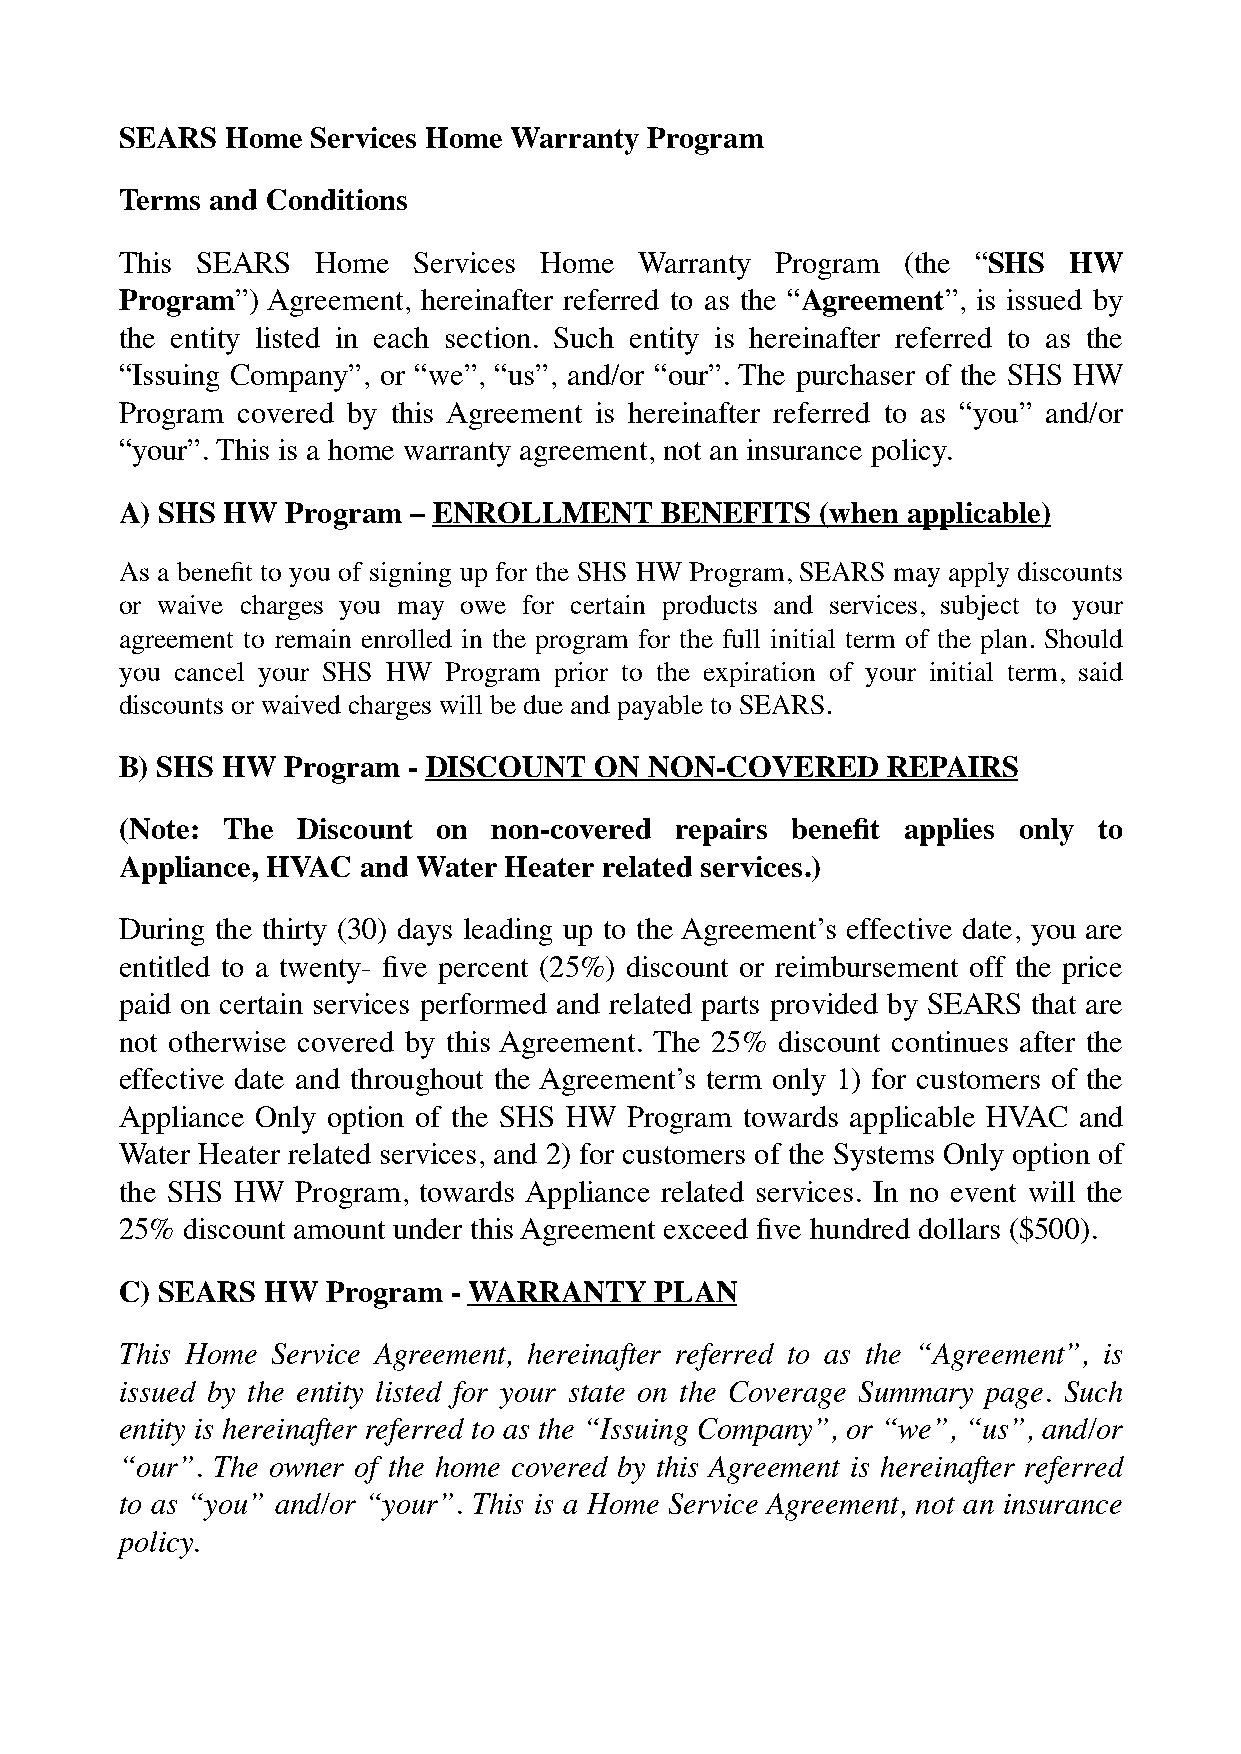
SEARS  Home  Services Home Warranty Program
 Terms and Conditions
 This SEARS   Home  Services Home  Warranty Program  (the “SHS  HW
 Program”) Agreement, hereinafter referred to as the “Agreement”, is issued by
 the entity listed in each section. Such entity is hereinafter referred to as the
 “Issuing Company”, or “we”, “us”, and/or “our”. The purchaser of the SHS HW
 Program covered by this Agreement is hereinafter referred to as “you” and/or
 “your”. This is a home warranty agreement, not an insurance policy.
 A) SHS HW  Program – ENROLLMENT     BENEFITS  (when applicable)
 As a benefit to you of signing up for the SHS HW Program, SEARS may apply discounts
 or waive charges you may owe for certain products and services, subject to your
 agreement to remain enrolled in the program for the full initial term of the plan. Should
 you cancel your SHS HW Program prior to the expiration of your initial term, said
 discounts or waived charges will be due and payable to SEARS.
 B) SHS HW  Program - DISCOUNT  ON  NON-COVERED     REPAIRS
 (Note: The  Discount on  non-covered repairs benefit applies only to
 Appliance, HVAC and Water Heater related services.)
 During the thirty (30) days leading up to the Agreement’s effective date, you are
 entitled to a twenty- five percent (25%) discount or reimbursement off the price
 paid on certain services performed and related parts provided by SEARS that are
 not otherwise covered by this Agreement. The 25% discount continues after the
 effective date and throughout the Agreement’s term only 1) for customers of the
 Appliance Only option of the SHS HW Program towards applicable HVAC and
 Water Heater related services, and 2) for customers of the Systems Only option of
 the SHS HW  Program, towards Appliance related services. In no event will the
 25% discount amount under this Agreement exceed five hundred dollars ($500).
 C) SEARS  HW  Program - WARRANTY   PLAN
 This Home Service Agreement, hereinafter referred to as the “Agreement”, is
 issued by the entity listed for your state on the Coverage Summary page. Such
 entity is hereinafter referred to as the “Issuing Company”, or “we”, “us”, and/or
 “our”. The owner of the home covered by this Agreement is hereinafter referred
 to as “you” and/or “your”. This is a Home Service Agreement, not an insurance
 policy.